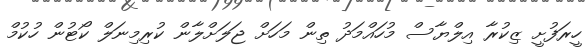
ހީރަފުށީ ޒިކުރާ އިލްޔާސް މުހައްމަދު ތިން މަހަށް ޖަލަށްލާން ކުރިމިނަލް ކޯޓުން ހުކުމް